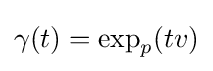
\gamma (t)=\exp _{p}(tv)